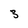
Character: 3